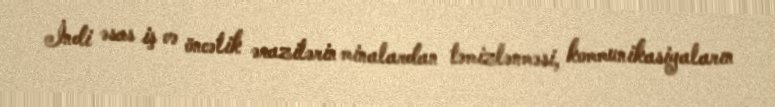
İndi əsas iş və öncəlik ərazilərin minalardan təmizlənməsi, kommunikasiyaların